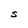
Character: S